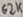
Text: 62K